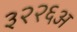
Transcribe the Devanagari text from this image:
३२२६अ